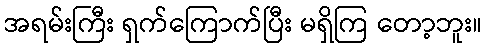
အရမ်းကြီး ရှက်ကြောက်ပြီး မရှိကြ တော့ဘူး။